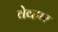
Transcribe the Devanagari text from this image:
वेव्हार